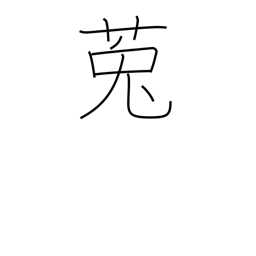
Meaning: dodder (plant)